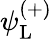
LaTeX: \psi_{\mathrm{{L}}}^{(+)}